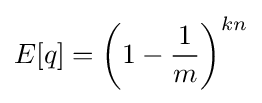
E[q]=\left(1-{\frac {1}{m}}\right)^{kn}